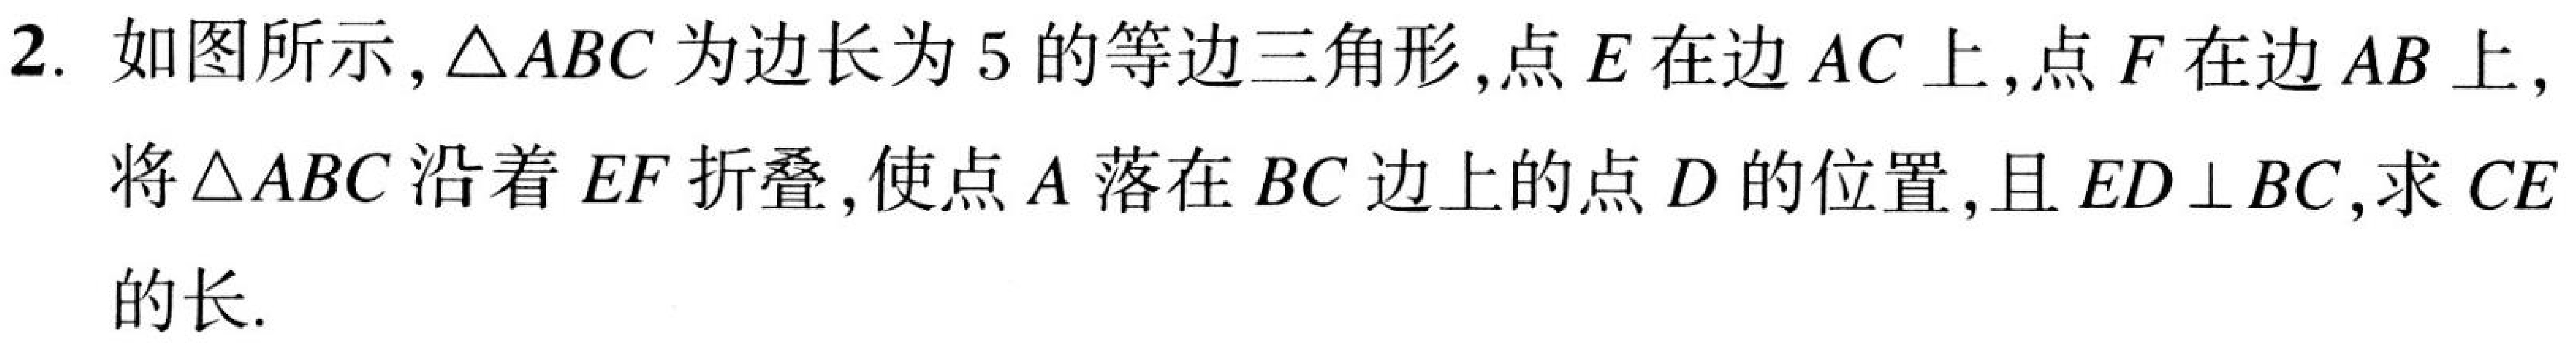
2. 如图所示，$\triangle ABC$为边长为$5$的等边三角形，点$E$在边$AC$上，点$F$在边$AB$上，
将$\triangle ABC$沿着$EF$折叠，使点$A$落在$BC$边上的点$D$的位置，且$ED\perp BC$，求$CE$的长.